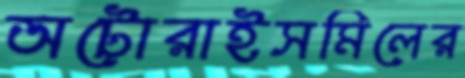
অটোরাইসমিলের